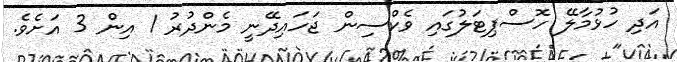
އަދި ހުޅުމާލޭ ހޮސްޕިޓަލުގައި ވެކްސިން ޖަހައިދޭނީ މެންދުރު 1 އިން 3 އަށެވެ.